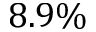
8 . 9 \%